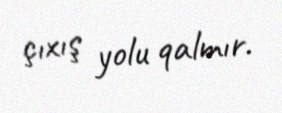
çıxış yolu qalmır.